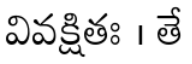
వివక్షితః । తే